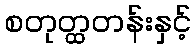
စတုတ္ထတန်းနှင့်